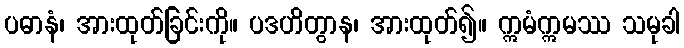
ပဓာနံ၊ အားထုတ်ခြင်းကို။ ပဒဟိတွာန၊ အားထုတ်၍။ ဣမံဣမဿ သမုခါ